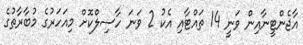
އާޖެންޓީނާއިން ވަނީ 14 ތައްޓާއި އެކު 2 ވަނަ ހާސިލްކޮށް މިއަހަރުގެ މުބާރާތުގެ